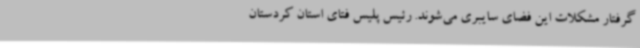
گرفتار مشکلات این فضای سایبری می‌شوند. رئیس پلیس فتای استان کردستان